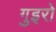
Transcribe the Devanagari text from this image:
गुइरो